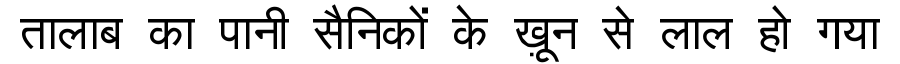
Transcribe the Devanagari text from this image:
तालाब का पानी सैनिकों के ख़ून से लाल हो गया